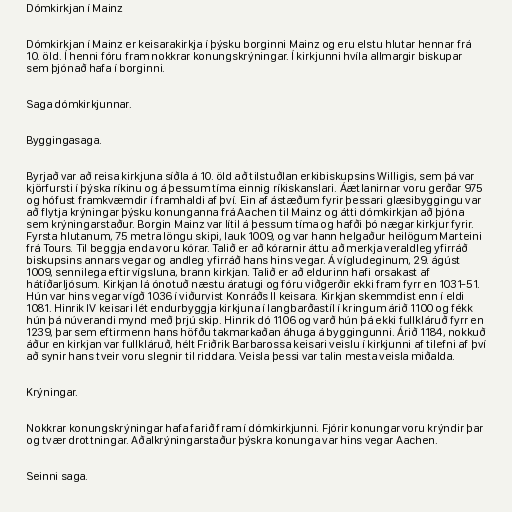
Dómkirkjan í Mainz

Dómkirkjan í Mainz er keisarakirkja í þýsku borginni Mainz og eru elstu hlutar hennar frá
10. öld. Í henni fóru fram nokkrar konungskrýningar. Í kirkjunni hvíla allmargir biskupar
sem þjónað hafa í borginni.

Saga dómkirkjunnar.

Byggingasaga.

Byrjað var að reisa kirkjuna síðla á 10. öld að tilstuðlan erkibiskupsins Willigis, sem þá var
kjörfursti í þýska ríkinu og á þessum tíma einnig ríkiskanslari. Áætlanirnar voru gerðar 975
og hófust framkvæmdir í framhaldi af því. Ein af ástæðum fyrir þessari glæsibyggingu var
að flytja krýningar þýsku konunganna frá Aachen til Mainz og átti dómkirkjan að þjóna
sem krýningarstaður. Borgin Mainz var lítil á þessum tíma og hafði þó nægar kirkjur fyrir.
Fyrsta hlutanum, 75 metra löngu skipi, lauk 1009, og var hann helgaður heilögum Marteini
frá Tours. Til beggja enda voru kórar. Talið er að kórarnir áttu að merkja veraldleg yfirráð
biskupsins annars vegar og andleg yfirráð hans hins vegar. Á vígludeginum, 29. ágúst
1009, sennilega eftir vígsluna, brann kirkjan. Talið er að eldurinn hafi orsakast af
hátíðarljósum. Kirkjan lá ónotuð næstu áratugi og fóru viðgerðir ekki fram fyrr en 1031-51.
Hún var hins vegar vígð 1036 í viðurvist Konráðs II keisara. Kirkjan skemmdist enn í eldi
1081. Hinrik IV keisari lét endurbyggja kirkjuna í langbarðastíl í kringum árið 1100 og fékk
hún þá núverandi mynd með þrjú skip. Hinrik dó 1106 og varð hún þá ekki fullkláruð fyrr en
1239, þar sem eftirmenn hans höfðu takmarkaðan áhuga á byggingunni. Árið 1184, nokkuð
áður en kirkjan var fullkláruð, hélt Friðrik Barbarossa keisari veislu í kirkjunni af tilefni af því
að synir hans tveir voru slegnir til riddara. Veisla þessi var talin mesta veisla miðalda.

Krýningar.

Nokkrar konungskrýningar hafa farið fram í dómkirkjunni. Fjórir konungar voru krýndir þar
og tvær drottningar. Aðalkrýningarstaður þýskra konunga var hins vegar Aachen.

Seinni saga.